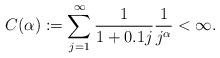
LaTeX: \begin{align*}C(\alpha):=\sum_{j=1}^\infty\frac{1}{1+0.1j}\frac{1}{j^\alpha}<\infty.\end{align*}